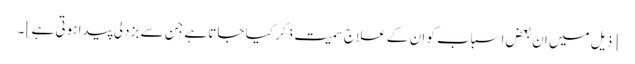
[ ذیل میں ان بعض اسباب کو ان کے علاج سمیت ذکر کیا جاتا ہے جن سے بزدلی پیدا ہوتی ہے ] ۔